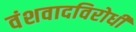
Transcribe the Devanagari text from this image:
वंशवादविरोधी